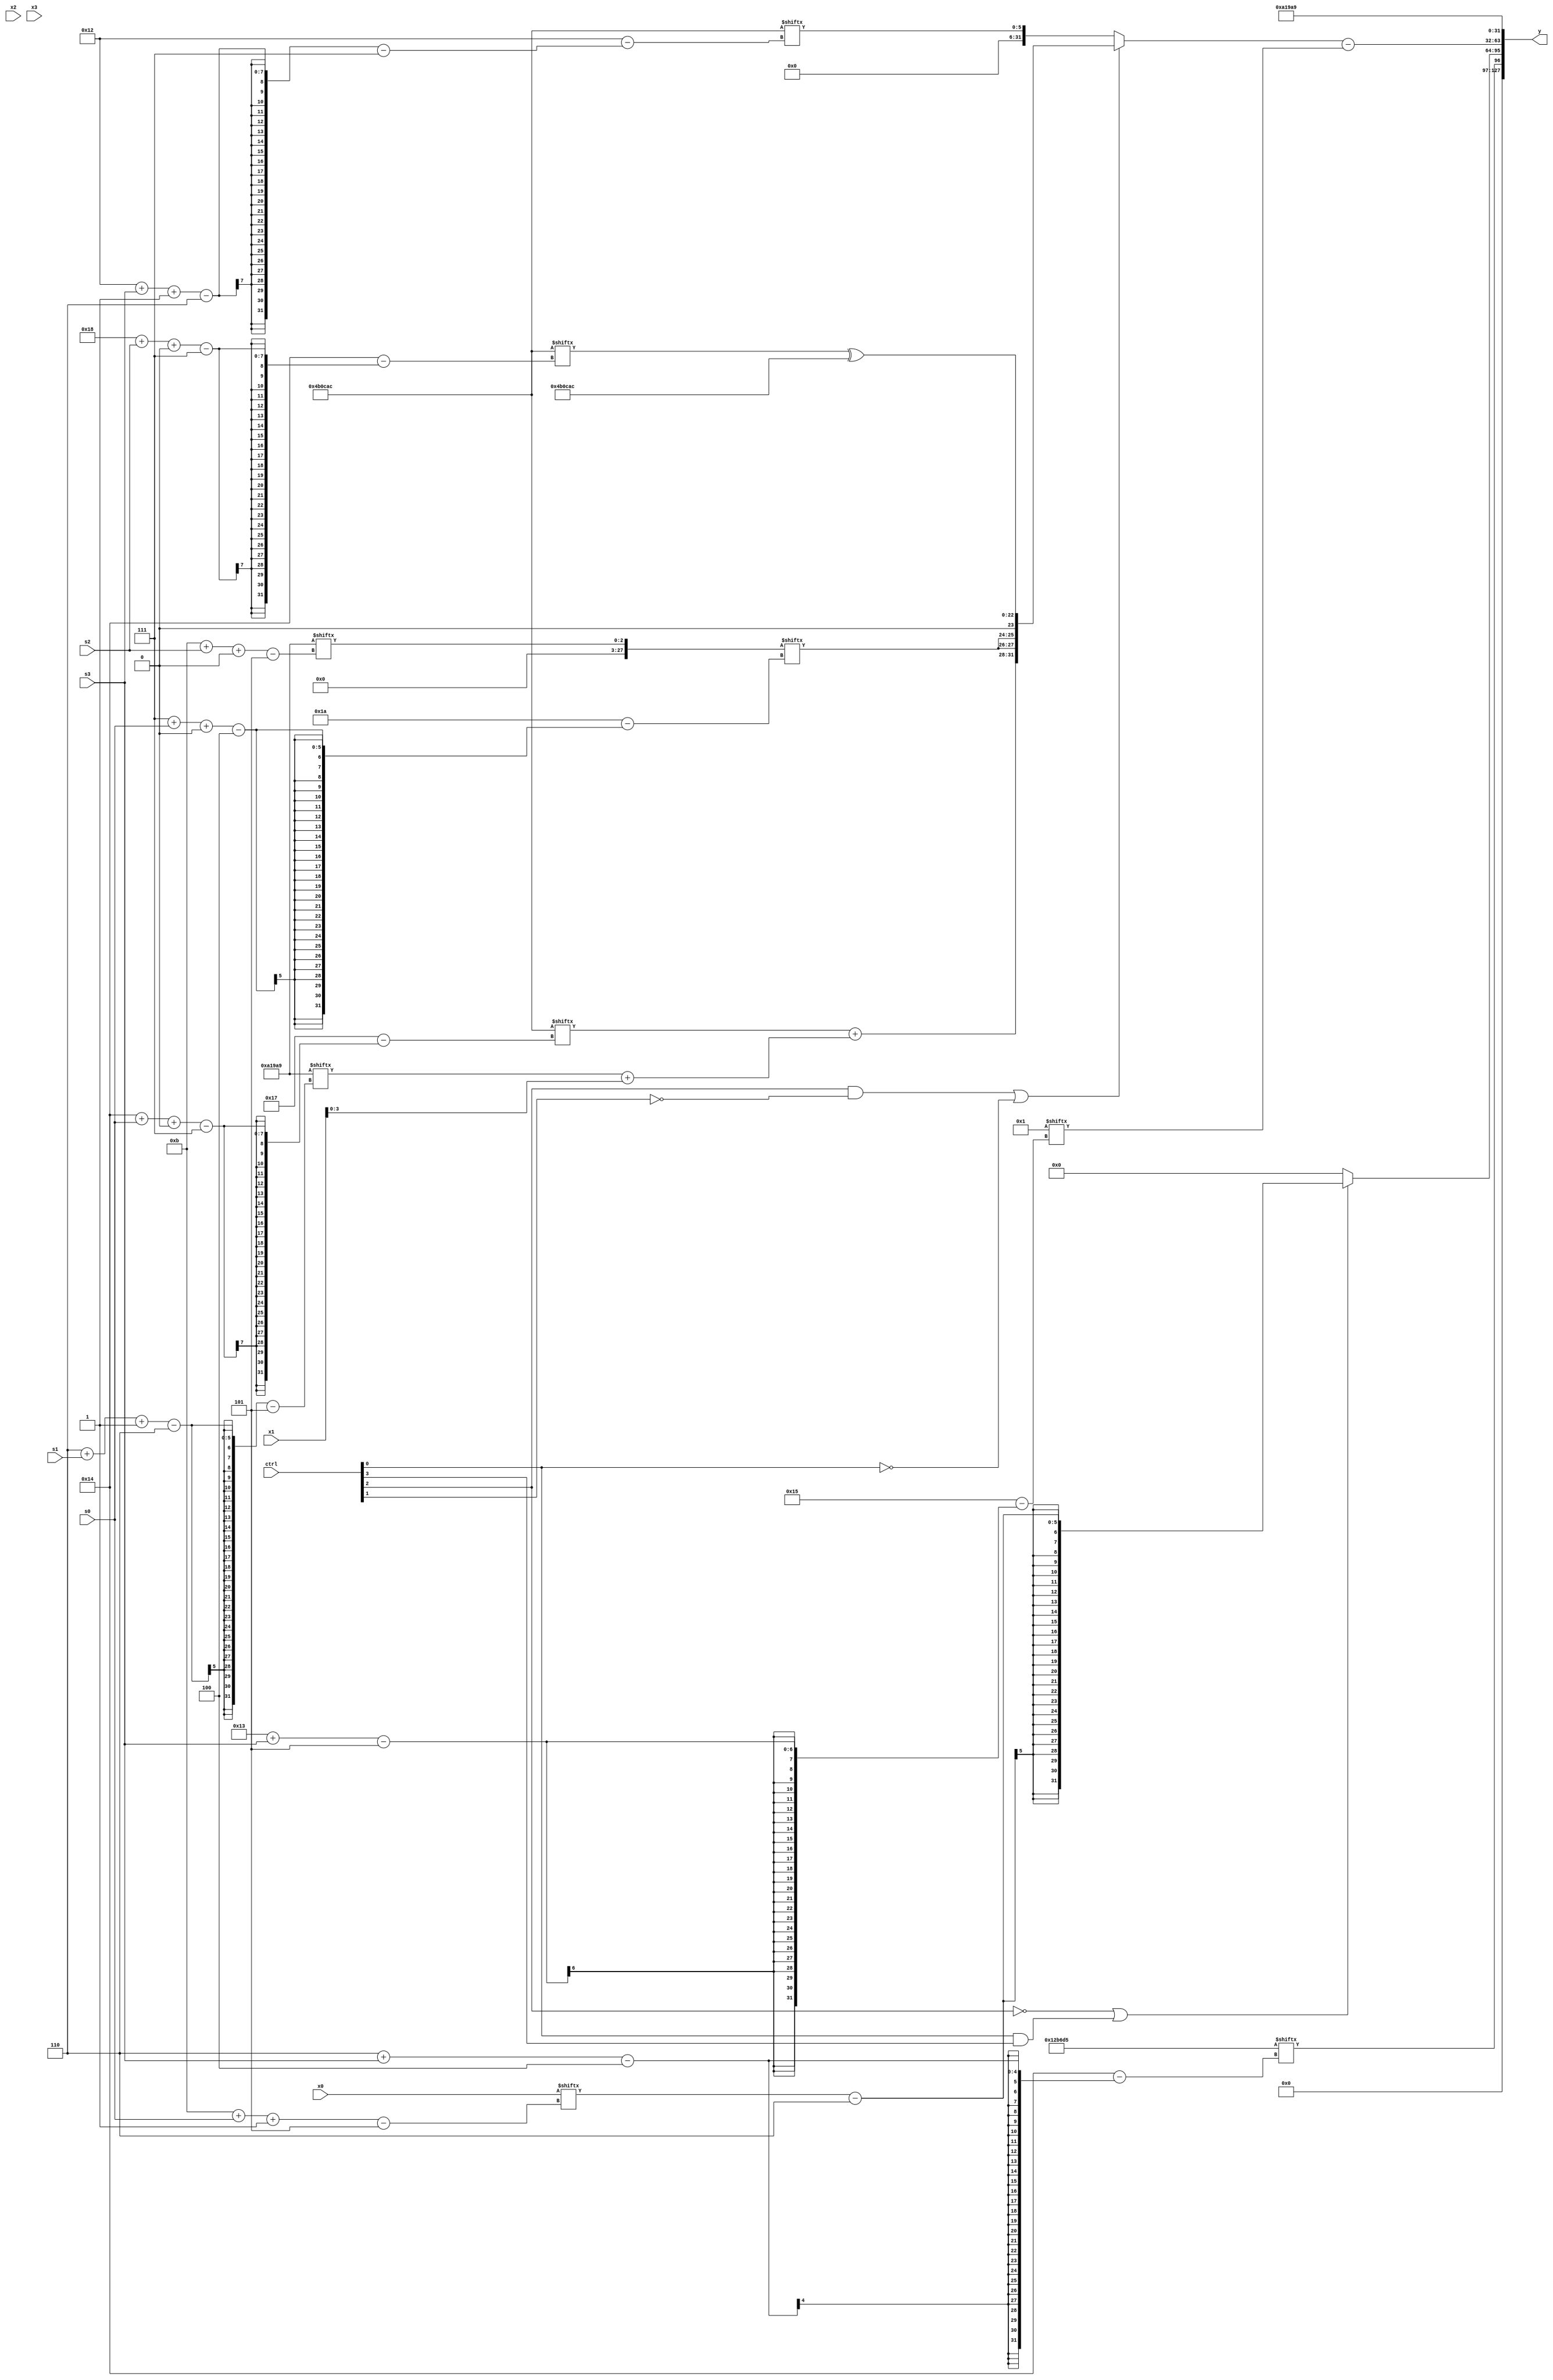
module partsel_00639(ctrl, s0, s1, s2, s3, x0, x1, x2, x3, y);
  input [3:0] ctrl;
  input [2:0] s0;
  input [2:0] s1;
  input [2:0] s2;
  input [2:0] s3;
  input signed [31:0] x0;
  input [31:0] x1;
  input [31:0] x2;
  input signed [31:0] x3;
  wire [4:28] x4;
  wire [6:27] x5;
  wire [24:3] x6;
  wire signed [25:6] x7;
  wire [5:26] x8;
  wire [29:1] x9;
  wire [7:25] x10;
  wire [1:28] x11;
  wire [2:29] x12;
  wire signed [5:26] x13;
  wire [3:29] x14;
  wire [4:31] x15;
  output [127:0] y;
  wire signed [31:0] y0;
  wire signed [31:0] y1;
  wire signed [31:0] y2;
  wire signed [31:0] y3;
  assign y = {y0,y1,y2,y3};
  localparam [7:30] p0 = 189467820;
  localparam [4:24] p1 = 766686933;
  localparam [25:5] p2 = 17439145;
  localparam signed [27:5] p3 = 477960585;
  assign x4 = x0[11 + s0 -: 5];
  assign x5 = p0[17 +: 3];
  assign x6 = p0[8];
  assign x7 = (!ctrl[2] || ctrl[0] && ctrl[0] ? (({p0, p3[10 + s1]} - ({2{p2}} & (p3[16 +: 4] - p1))) + ((x1[27 + s0 +: 4] | (x5 - x4)) + {2{(p2[17 + s0] | p2)}})) : {x3[25 + s2 +: 8], {2{x6[14]}}});
  assign x8 = x0[16 +: 3];
  assign x9 = p0[16 -: 3];
  assign x10 = (!ctrl[3] || !ctrl[3] || ctrl[1] ? (p1 | {{x1, x5[12 + s1]}, ((x8[12 + s3] & (x4[24 + s3 +: 7] - p3[8])) - (x1[13 +: 4] ^ p2))}) : p2);
  assign x11 = (p1[12 + s1] & (p1[3 + s0 -: 5] | {x0[12 + s1], p3[20]}));
  assign x12 = ((p1[11 +: 4] ^ x6[21 -: 2]) & x7);
  assign x13 = p3[16];
  assign x14 = {p3[14], ({2{(p2[15] ^ p3)}} + (x3 + (x11[16 -: 1] & {x6[1 + s3 -: 2], p2[16 +: 3]})))};
  assign x15 = p2[11 + s2 +: 3];
  assign y0 = p1[6 + s3];
  assign y1 = (!ctrl[2] || ctrl[0] && ctrl[3] ? (x4 - p3[11 +: 4]) : x6[8 +: 4]);
  assign y2 = ((ctrl[2] && !ctrl[1] || !ctrl[0] ? {{((x9[19 +: 1] | p0[20 + s0 +: 1]) + (p2[6 + s1 -: 6] + x1)), {2{x15[7 + s0 +: 2]}}}, (p0[24 + s2 +: 4] ^ p0)} : (ctrl[2] && !ctrl[2] && ctrl[0] ? {x10[5 + s1], {((p1[8 +: 4] ^ x0[18 +: 2]) | x3[19 + s0]), x9[14 -: 3]}} : p0[18 + s3 -: 6])) - x13[19 + s3]);
  assign y3 = p2;
endmodule